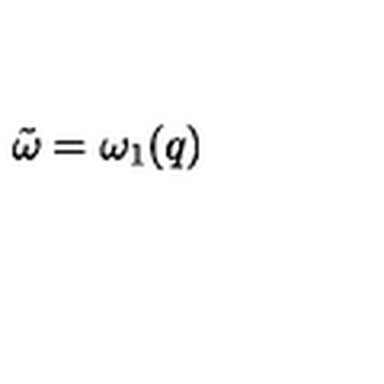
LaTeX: { \tilde { \omega } } = \omega _ { 1 } ( q )